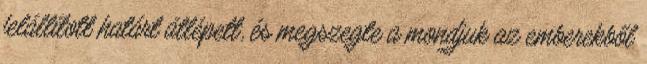
felállított határt átlépett, és megszegte a mondjuk az emberekből